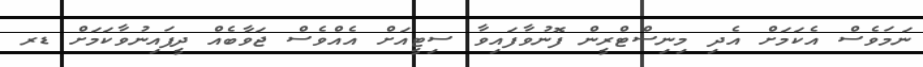
ނަމަވެސް އެކަމަށް އެދި މިނިސްޓްރީން ފޮނުވާފައިވާ ސިޓީއަށް އެއްވެސް ޖަވާބެއް ދީފައިނުވާކަމަށް ޑރ